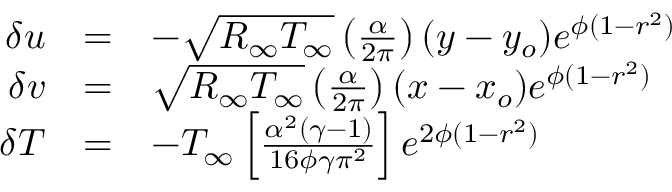
\begin{array} { r } { \begin{array} { r c l } { \delta u } & { = } & { - \sqrt { R _ { \infty } T _ { \infty } } \left( \frac { \alpha } { 2 \pi } \right) ( y - y _ { o } ) e ^ { \phi ( 1 - r ^ { 2 } ) } } \\ { \delta v } & { = } & { \sqrt { R _ { \infty } T _ { \infty } } \left( \frac { \alpha } { 2 \pi } \right) ( x - x _ { o } ) e ^ { \phi ( 1 - r ^ { 2 } ) } } \\ { \delta T } & { = } & { - T _ { \infty } \left[ \frac { \alpha ^ { 2 } ( \gamma - 1 ) } { 1 6 \phi \gamma \pi ^ { 2 } } \right] e ^ { 2 \phi ( 1 - r ^ { 2 } ) } } \end{array} } \end{array}